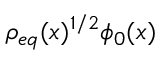
\rho _ { e q } ( x ) ^ { 1 / 2 } \phi _ { 0 } ( x )